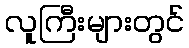
လူကြီးများတွင်